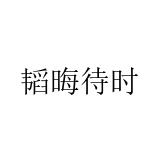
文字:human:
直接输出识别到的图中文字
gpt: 韬晦待时